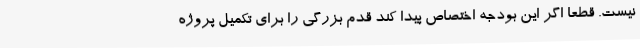
نیست. قطعا اگر این بودجه اختصاص پیدا کند قدم بزرگی را برای تکمیل پروژه